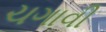
ચગાવી